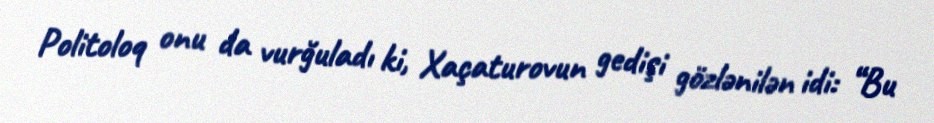
Politoloq onu da vurğuladı ki, Xaçaturovun gedişi gözlənilən idi: “Bu